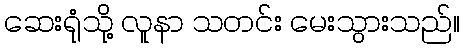
ဆေးရုံသို့ လူနာ သတင်း မေးသွားသည်။